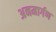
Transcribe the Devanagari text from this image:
अनमार्गण